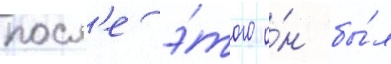
посл'е э́того о́н бы́л